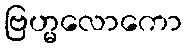
ဗြဟ္မလောကော